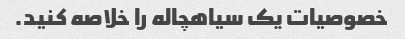
خصوصیات یک سیاهچاله را خلاصه کنید.